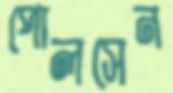
পোলসেন